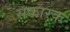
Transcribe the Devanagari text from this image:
सकारक